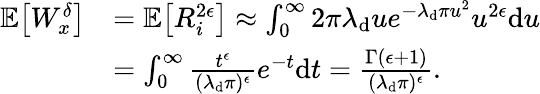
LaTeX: \begin{array}{rl}{\mathbb{E}\big[W_{x}^{\delta}\big]}&{=\mathbb{E}\big[R_{i}^{2\epsilon}\big]\approx\int_{0}^{\infty}2\pi\lambda_{\mathrm{d}}ue^{-\lambda_{\mathrm{d}}\pi u^{2}}u^{2\epsilon}\mathrm{d}u}\\ &{=\int_{0}^{\infty}\frac{t^{\epsilon}}{(\lambda_{\mathrm{d}}\pi)^{\epsilon}}e^{-t}\mathrm{d}t=\frac{\Gamma(\epsilon+1)}{(\lambda_{\mathrm{d}}\pi)^{\epsilon}}.}\end{array}